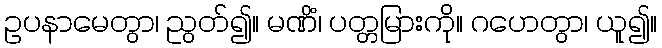
ဥပနာမေတွာ၊ ညွတ်၍။ မဏိံ၊ ပတ္တမြားကို။ ဂဟေတွာ၊ ယူ၍။